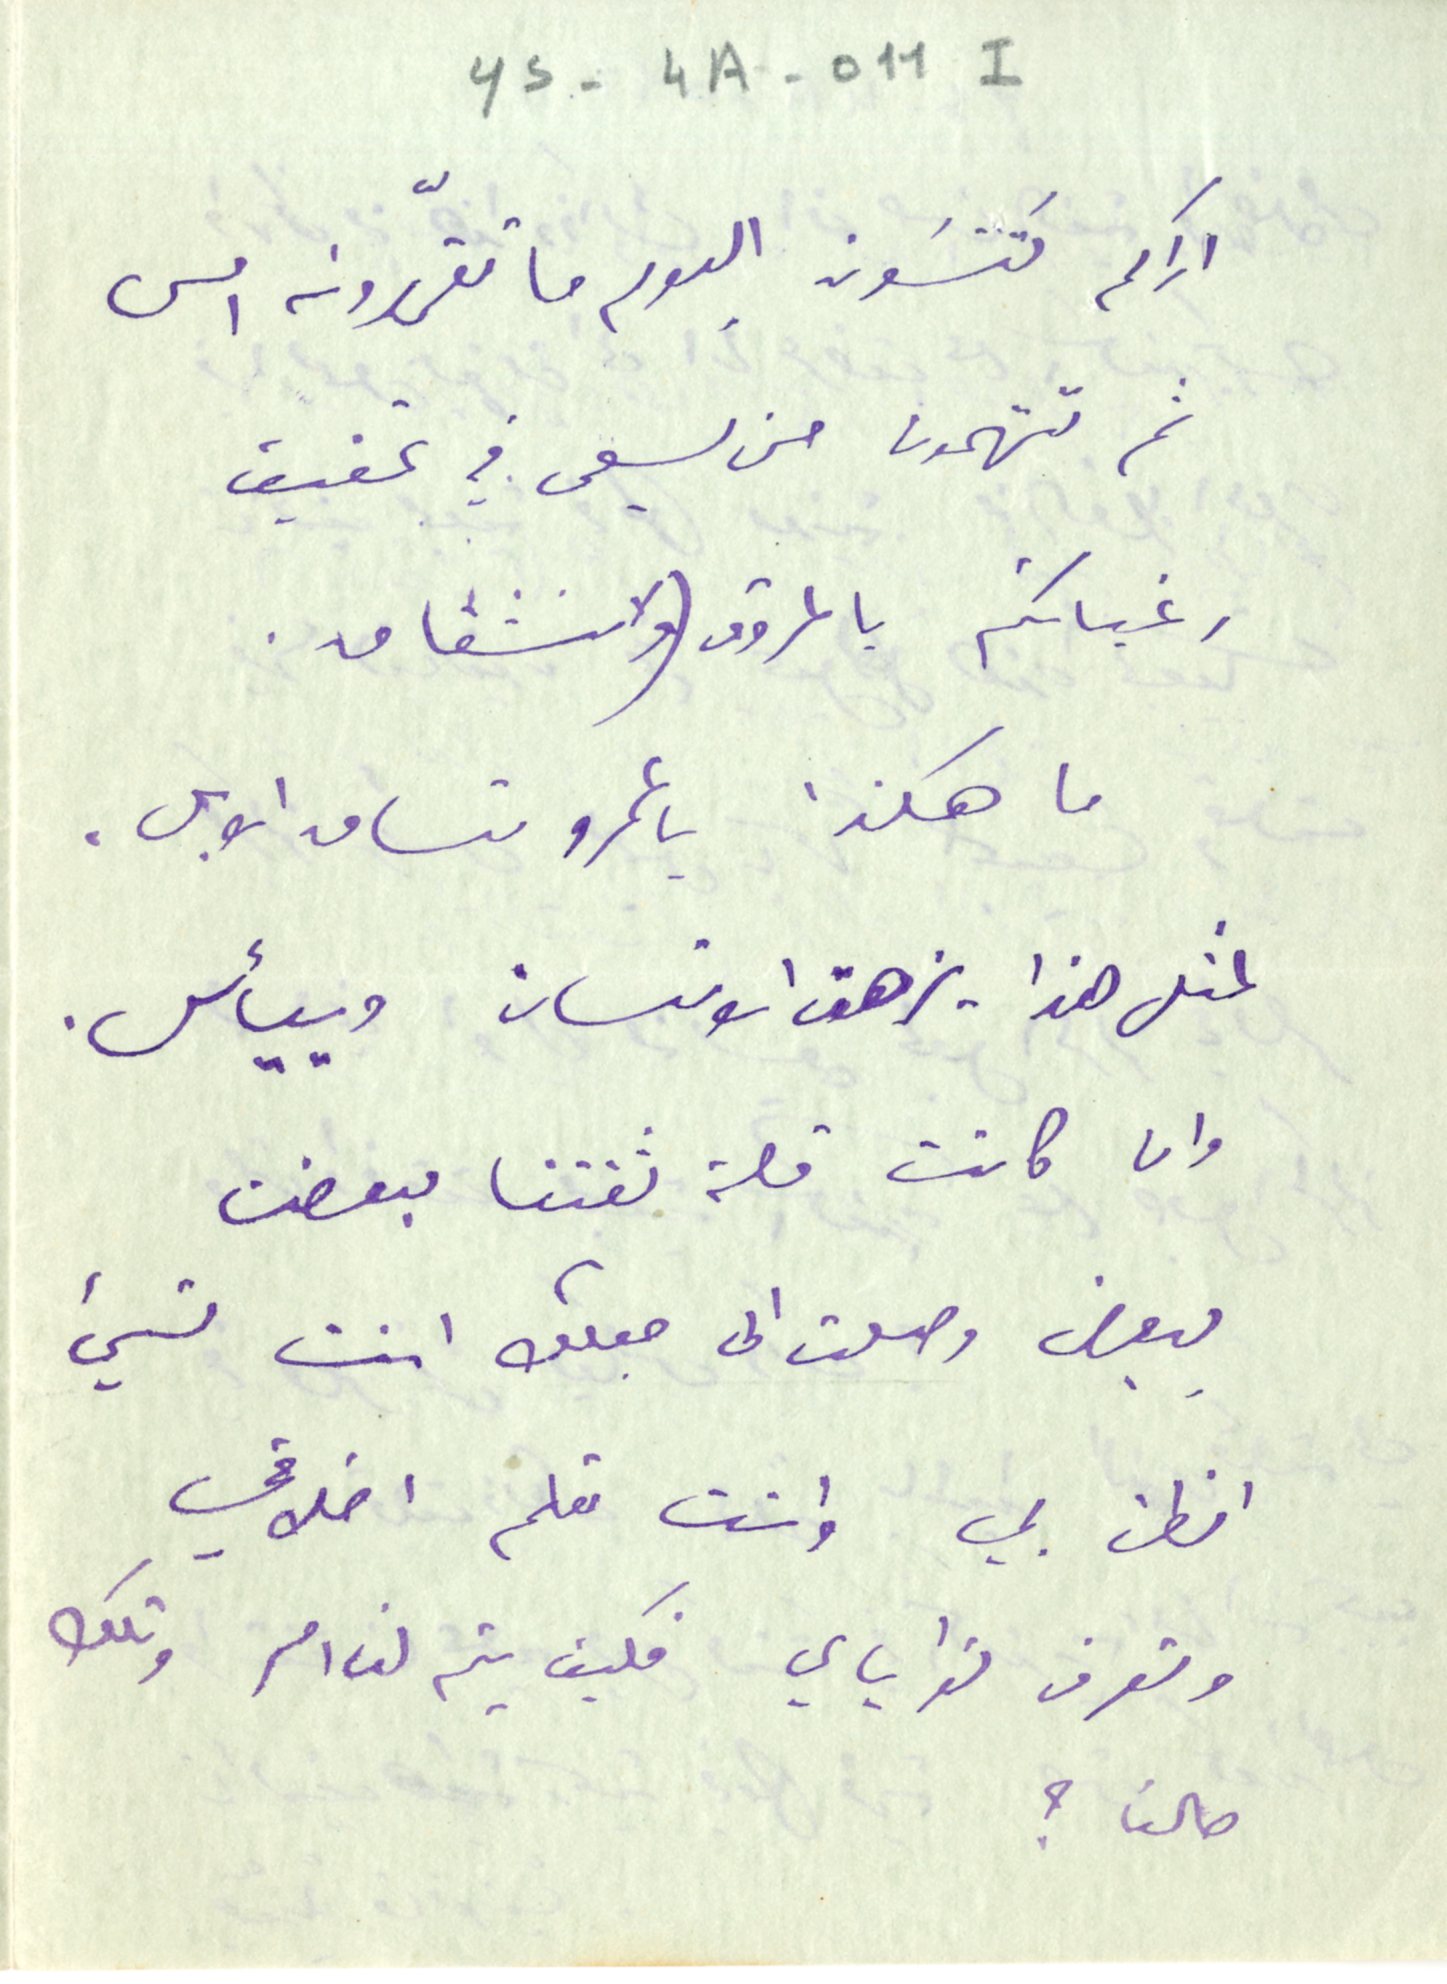
YS-4A-011I
اراكم تَنسَون اليوم ما تقررونه امس
ثم تتهمون من يسعى في تحقيق
رغباتكم بالمروق (والانشقاق.
 ما هكذا يا عمرو تساق الابل.
لمثل هذا يزهق الانسان وييأس.
وان كانت قلة ثقتنا بعضنا
ببعض وصلت الى جعلك انت تسيء
الظن بي وانت تعلم اخلاقي
وتعرف نواياي فكيف يتم لنا امر وتلك
حالنا ؟